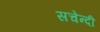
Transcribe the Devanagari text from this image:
सचेन्दी